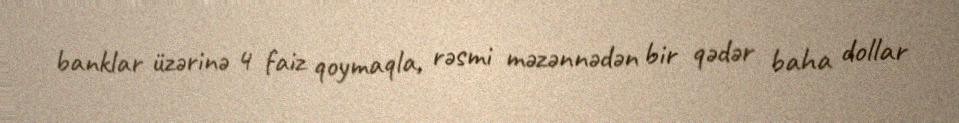
banklar üzərinə 4 faiz qoymaqla, rəsmi məzənnədən bir qədər baha dollar